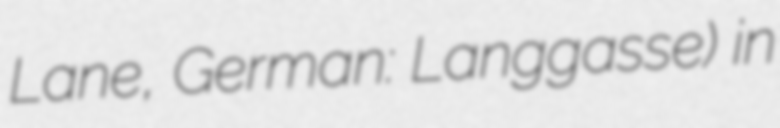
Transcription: Lane, German: Langgasse) in